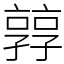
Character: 㝇